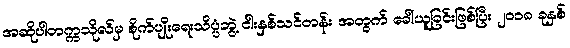
အဆိုပါတက္ကသိုလ်မှ စိုက်ပျိုးရေးသိပ္ပံဘွဲ့ ငါးနှစ်သင်တန်း အတွက် ခေါ်ယူခြင်းဖြစ်ပြီး ၂၀၁၈ ခုနှစ်